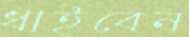
ধাইবেন